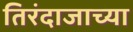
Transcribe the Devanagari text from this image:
तिरंदाजाच्या